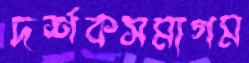
দর্শকসমাগম